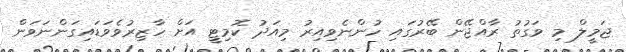
ޖަމީލް މި ވަގުތު ރާއްޖޭން ބޭރުގައި ހުންނެވިއިރު މިއަދު ކޮމިޓީ އަށް ހާޒިރުވެވަޑައިގަންނަވަން